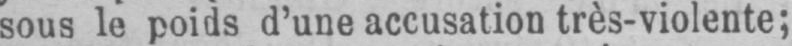
sous le poids d’une accusation très-violente;